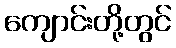
ကျောင်းတို့တွင်